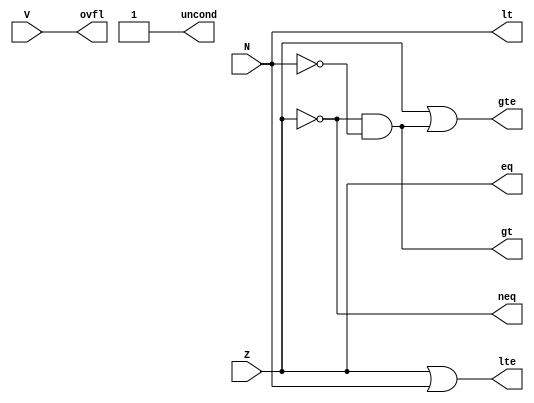
module BrCond(Z, N, V, neq, eq, gt, lt, gte, lte, ovfl, uncond);

    input Z, N, V;
    output neq, eq, gt, lt, gte, lte, ovfl, uncond;

    assign neq = (Z == 0);
    assign eq = (Z == 1);
    assign gt = neq & (N == 0);
    assign lt = (N == 1);
    assign gte = eq | gt;
    assign lte = eq | lt;
    assign ovfl = (V == 1);
    assign uncond = 1;

endmodule